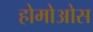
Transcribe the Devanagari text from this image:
होमोओस